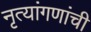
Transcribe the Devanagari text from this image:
नृत्यांगणांची